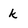
Character: k